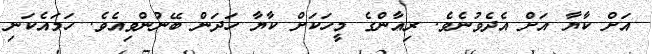
އަށް ކާޔާ އަށް އެދެވުނެވެ. ރިއާންގެ މީހަކަށް ކާޔާ ހަދަން ބޭނުންވިއެވެ. ހަމައެކަނި